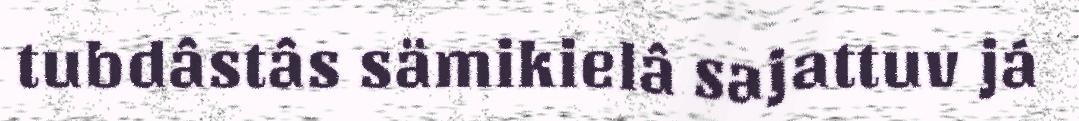
tubdâstâs sämikielâ sajattuv já